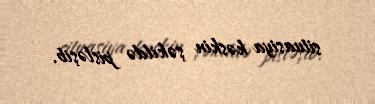
situasiya kəskin şəkildə pisləşib.